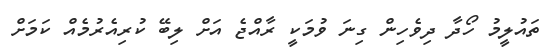
ތައުލީމު ހޯދާ ދިވެހިން ގިނަ ވުމަކީ ރާއްޖެ އަށް ލިބޭ ކުރިއެރުމެއް ކަމަށް